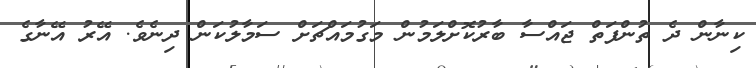
ކިނާން ދެ ތުންފަތް ޖައްސާ ބާރުކޮށްލަމުން މަގުމައްޗަށް ސަމާލުކަން ދިނެވެ. އޭރު އޭނާގެ